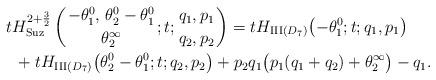
LaTeX: \begin{gather*}tH_{\mathrm{Suz}}^{2+\frac{3}{2}}\left({-\theta^0_1,\, \theta^0_2-\theta^0_1 \atop \theta^\infty_2}; t; {q_1,p_1 \atop q_2,p_2}\right)=tH_{\mathrm{III}(D_7)}\big({-}\theta^0_1; t; q_1,p_1\big)\\\qquad{}+tH_{\mathrm{III}(D_7)}\big(\theta^0_2-\theta^0_1; t; q_2,p_2\big)+p_2q_1\big(p_1(q_1+q_2)+\theta^\infty_2\big)-q_1.\end{gather*}